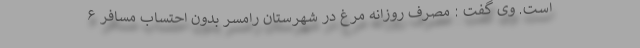
است. وی گفت : مصرف روزانه مرغ در شهرستان رامسر بدون احتساب مسافر ۶